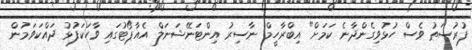
ފުރުސަތު ވެސް ހުޅުވިގެންދާނެ ކަމަށް" އިބްރާހީމް ނާސިރު އިންޓަނޭޝަނަލް އެއާޕޯޓުގައި ވާހަކަފުޅު ދައްކަވަމުން